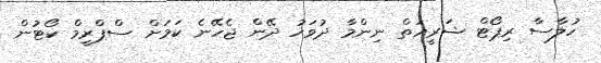
ހުލާސާ ރިޕޯޓް ޝަރީއަތް ނިންމާ ދުވަހު ދޭން ޖެހޭނެ ކަމަށް ސްޕްރީމް ކޯޓުން